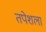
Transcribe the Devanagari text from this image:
तपेशला